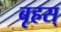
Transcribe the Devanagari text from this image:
बृहस्